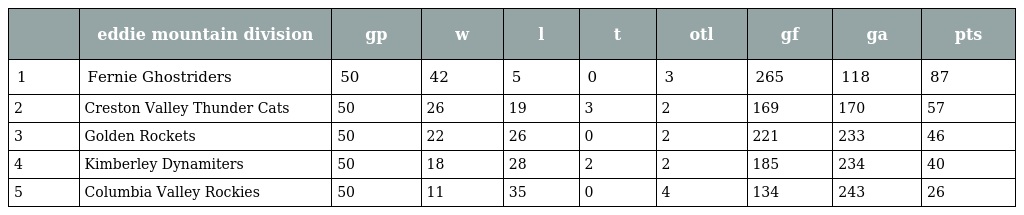
|  | eddie mountain division | gp | w | l | t | otl | gf | ga | pts |
 | --- | --- | --- | --- | --- | --- | --- | --- | --- | --- |
 | 1 | Fernie Ghostriders | 50 | 42 | 5 | 0 | 3 | 265 | 118 | 87 |
 | 2 | Creston Valley Thunder Cats | 50 | 26 | 19 | 3 | 2 | 169 | 170 | 57 |
 | 3 | Golden Rockets | 50 | 22 | 26 | 0 | 2 | 221 | 233 | 46 |
 | 4 | Kimberley Dynamiters | 50 | 18 | 28 | 2 | 2 | 185 | 234 | 40 |
 | 5 | Columbia Valley Rockies | 50 | 11 | 35 | 0 | 4 | 134 | 243 | 26 |